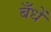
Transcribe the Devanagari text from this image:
बँधें